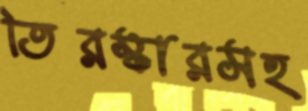
তিরস্কারসহ